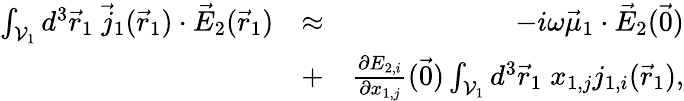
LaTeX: \begin{array}{rlr}{\int_{\mathcal{V}_{1}}d^{3}\vec{r}_{1}\; \vec{j}_{1}(\vec{r}_{1})\cdot\vec{E}_{2}(\vec{r}_{1})}&{\approx}&{-i\omega\vec{\mu}_{1}\cdot\vec{E}_{2}(\vec{0})}\\ &{+}&{\frac{\partial E_{2,i}}{\partial x_{1,j}}(\vec{0})\int_{\mathcal{V}_{1}}d^{3}\vec{r}_{1}\; x_{1,j}j_{1,i}(\vec{r}_{1}),}\end{array}